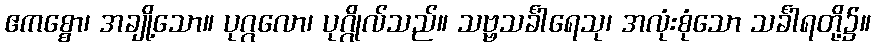
ဧကစ္စော၊ အချို့သော။ ပုဂ္ဂလော၊ ပုဂ္ဂိုလ်သည်။ သဗ္ဗသင်္ခါရေသု၊ အလုံးစုံသော သင်္ခါရတို့၌။